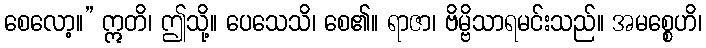
စေလော့။” ဣတိ၊ ဤသို့။ ပေသေသိ၊ စေ၏။ ရာဇာ၊ ဗိမ္ဗိသာရမင်းသည်။ အမစ္စေဟိ၊